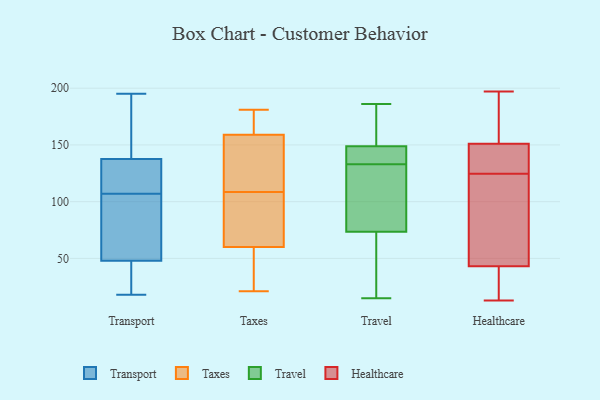
{"axis": {"x": "Waste Production (Tons)", "y": "Value"}, "legend": ["Healthcare", "Taxes", "Transport", "Travel"], "data": [{"x": "", "y": 41, "type": "Transport"}, {"x": "", "y": 46, "type": "Transport"}, {"x": "", "y": 193, "type": "Transport"}, {"x": "", "y": 112, "type": "Transport"}, {"x": "", "y": 195, "type": "Transport"}, {"x": "", "y": 108, "type": "Transport"}, {"x": "", "y": 162, "type": "Transport"}, {"x": "", "y": 116, "type": "Transport"}, {"x": "", "y": 88, "type": "Transport"}, {"x": "", "y": 178, "type": "Transport"}, {"x": "", "y": 107, "type": "Transport"}, {"x": "", "y": 83, "type": "Transport"}, {"x": "", "y": 42, "type": "Transport"}, {"x": "", "y": 54, "type": "Transport"}, {"x": "", "y": 29, "type": "Transport"}, {"x": "", "y": 18, "type": "Transport"}, {"x": "", "y": 121, "type": "Transport"}, {"x": "", "y": 143, "type": "Transport"}, {"x": "", "y": 60, "type": "Transport"}, {"x": "", "y": 140, "type": "Taxes"}, {"x": "", "y": 100, "type": "Taxes"}, {"x": "", "y": 109, "type": "Taxes"}, {"x": "", "y": 105, "type": "Taxes"}, {"x": "", "y": 181, "type": "Taxes"}, {"x": "", "y": 21, "type": "Taxes"}, {"x": "", "y": 116, "type": "Taxes"}, {"x": "", "y": 159, "type": "Taxes"}, {"x": "", "y": 177, "type": "Taxes"}, {"x": "", "y": 36, "type": "Taxes"}, {"x": "", "y": 60, "type": "Taxes"}, {"x": "", "y": 173, "type": "Taxes"}, {"x": "", "y": 58, "type": "Taxes"}, {"x": "", "y": 108, "type": "Taxes"}, {"x": "", "y": 143, "type": "Travel"}, {"x": "", "y": 81, "type": "Travel"}, {"x": "", "y": 122, "type": "Travel"}, {"x": "", "y": 186, "type": "Travel"}, {"x": "", "y": 184, "type": "Travel"}, {"x": "", "y": 140, "type": "Travel"}, {"x": "", "y": 182, "type": "Travel"}, {"x": "", "y": 133, "type": "Travel"}, {"x": "", "y": 36, "type": "Travel"}, {"x": "", "y": 128, "type": "Travel"}, {"x": "", "y": 71, "type": "Travel"}, {"x": "", "y": 180, "type": "Travel"}, {"x": "", "y": 64, "type": "Travel"}, {"x": "", "y": 148, "type": "Travel"}, {"x": "", "y": 149, "type": "Travel"}, {"x": "", "y": 140, "type": "Travel"}, {"x": "", "y": 60, "type": "Travel"}, {"x": "", "y": 15, "type": "Travel"}, {"x": "", "y": 104, "type": "Travel"}, {"x": "", "y": 13, "type": "Healthcare"}, {"x": "", "y": 66, "type": "Healthcare"}, {"x": "", "y": 25, "type": "Healthcare"}, {"x": "", "y": 43, "type": "Healthcare"}, {"x": "", "y": 191, "type": "Healthcare"}, {"x": "", "y": 184, "type": "Healthcare"}, {"x": "", "y": 25, "type": "Healthcare"}, {"x": "", "y": 123, "type": "Healthcare"}, {"x": "", "y": 157, "type": "Healthcare"}, {"x": "", "y": 43, "type": "Healthcare"}, {"x": "", "y": 140, "type": "Healthcare"}, {"x": "", "y": 67, "type": "Healthcare"}, {"x": "", "y": 197, "type": "Healthcare"}, {"x": "", "y": 14, "type": "Healthcare"}, {"x": "", "y": 149, "type": "Healthcare"}, {"x": "", "y": 126, "type": "Healthcare"}, {"x": "", "y": 130, "type": "Healthcare"}, {"x": "", "y": 151, "type": "Healthcare"}]}